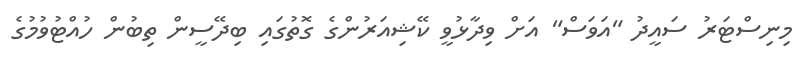
މިނިސްޓަރު ސައީދު "އަވަސް" އަށް ވިދާޅުވީ ކޭޝިއަރުންގެ ގޮތުގައި ބިދޭސީން ތިބުން ހުއްޓުވުމުގެ